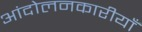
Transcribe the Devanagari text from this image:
आंदोलनकारीयाँ